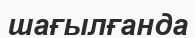
шағылғанда